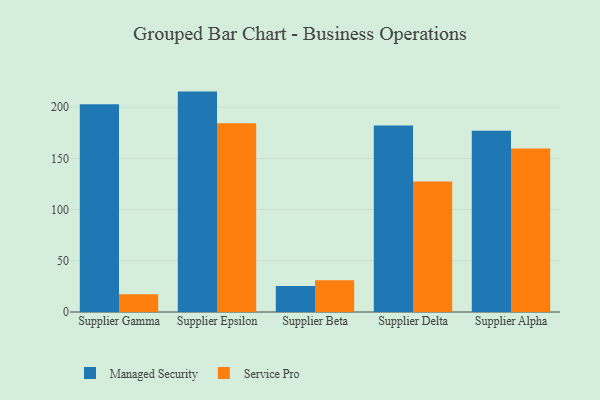
{"axis": {"x": "Supplier", "y": "Population (Million)"}, "legend": ["Managed Security", "Service Pro"], "data": [{"x": "Supplier Gamma", "y": 202.8, "type": "Managed Security"}, {"x": "Supplier Gamma", "y": 17.3, "type": "Service Pro"}, {"x": "Supplier Epsilon", "y": 215.2, "type": "Managed Security"}, {"x": "Supplier Epsilon", "y": 184.4, "type": "Service Pro"}, {"x": "Supplier Beta", "y": 25.4, "type": "Managed Security"}, {"x": "Supplier Beta", "y": 30.9, "type": "Service Pro"}, {"x": "Supplier Delta", "y": 182.0, "type": "Managed Security"}, {"x": "Supplier Delta", "y": 127.5, "type": "Service Pro"}, {"x": "Supplier Alpha", "y": 177.0, "type": "Managed Security"}, {"x": "Supplier Alpha", "y": 159.6, "type": "Service Pro"}]}